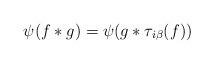
LaTeX: \begin{align*} \psi(f*g)=\psi(g*\tau_{i\beta}(f))\end{align*}